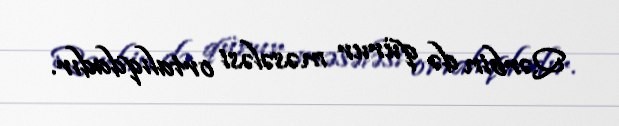
Qərbin də qürur məsələsi ortalıqdadır.